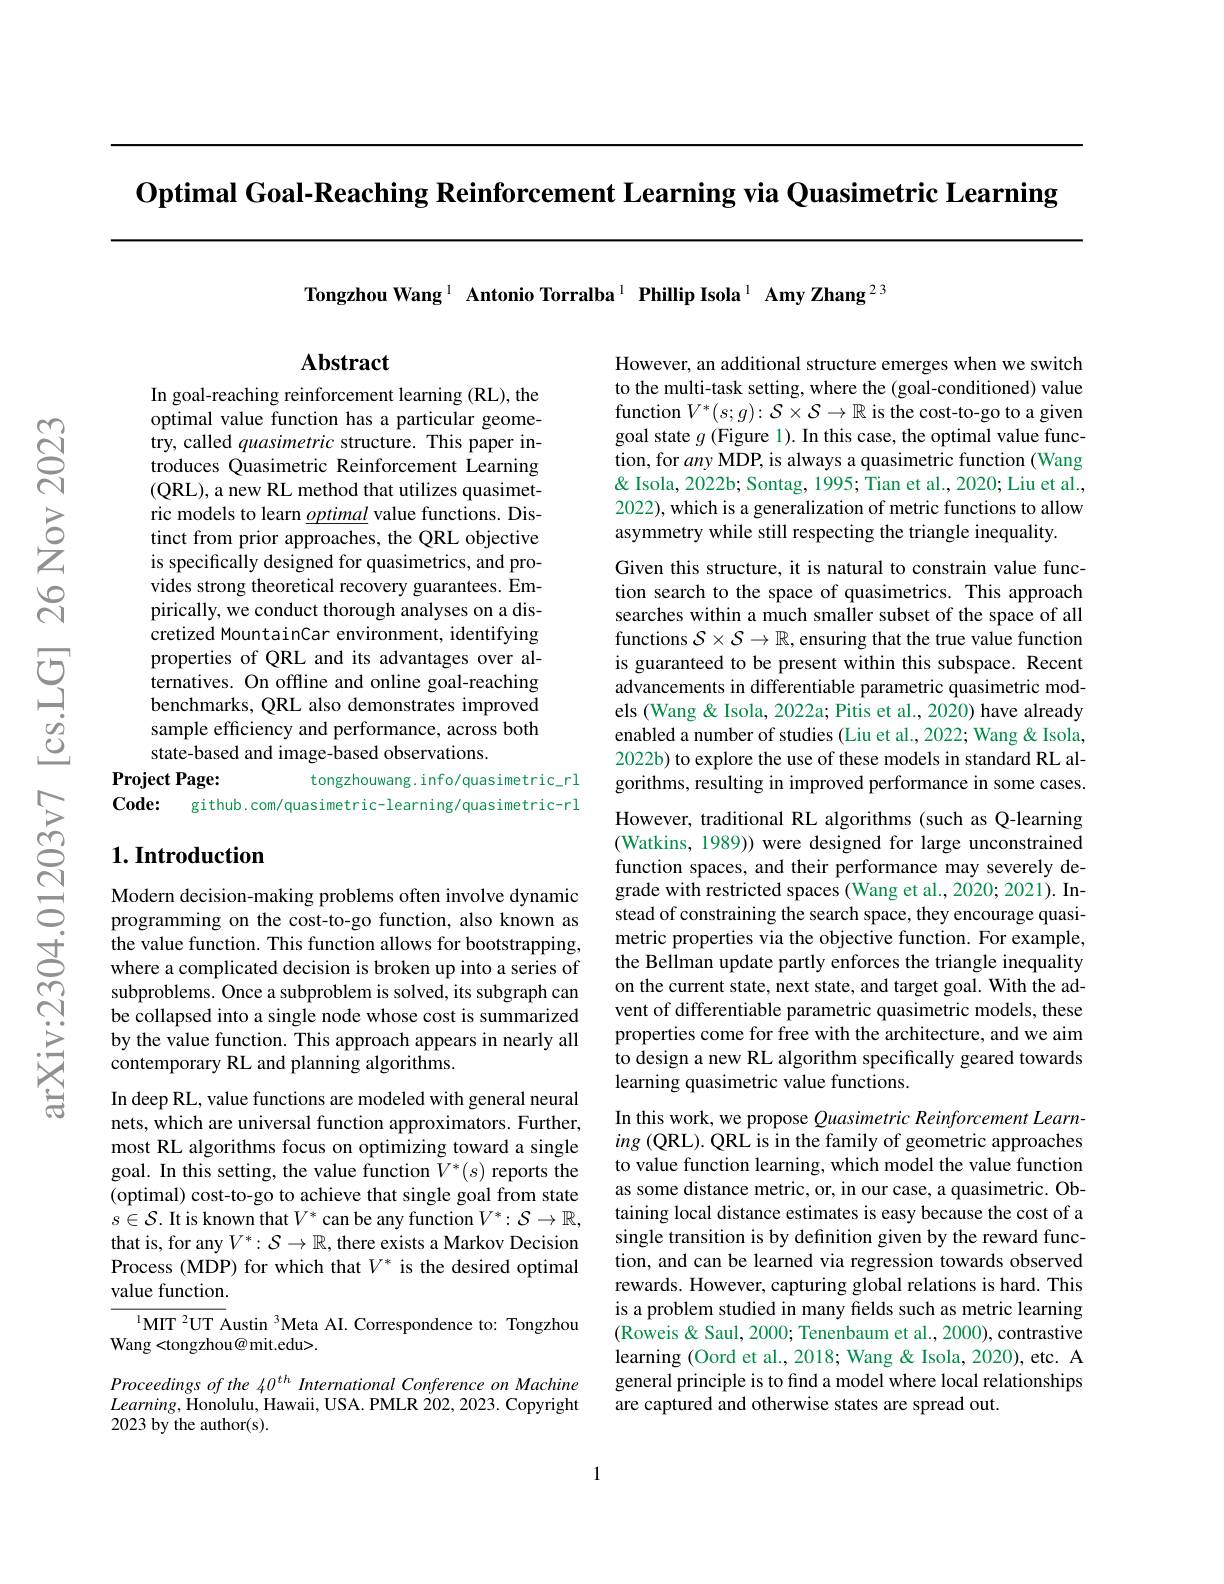
$\textbf{Optimal Goal- Reaching Reinforcement Learning via Quasimetric Learning}$

Tongzhou Wang $^{1}$ Antonio Torralba$^{1}$ Phillip Isola$^{1}$ Amy Zhang$^{23}$

$\mathbf{Abstract}$

In goal-reaching reinforcement learning (RL), the optimal value function has a particular geometry, called quasimetric structure. This paper introduces Quasimetric Reinforcement Learning (QRL),a new RL method that utilizes quasimetric models to learn $\underline optimal$ value functions. Distinct from prior approaches, the QRL objective is specifically designed for quasimetrics, and provides strong theoretical recovery guarantees. Empirically, we conduct thorough analyses on a discretized MountainCar environment, identifying properties of QRL and its advantages over alternatives. On offline and online goal-reaching benchmarks, QRL also demonstrates improved sample efficiency and performance, across both state-based and image-based observations.
Project Page:
tongzhouwang. info/quasimetric\_rl
$Code:$
github.com/quasimetric-learning/quasimetric-rl

## $1. \textbf{Introduction}$

However, an additional structure emerges when we switch to the multi-task setting, where the (goal-conditioned) value function $V^*(s;g):\mathcal{S}\times\mathcal{S}\to\mathbb{R}$ is the cost-to-go to a given goal state $g$ (Figure 1). In this case, the optimal value function, for any MDP, is always a quasimetric function (Wang & Isola, 2022b; Sontag, 1995; Tian et al., 2020; Liu et al., 2022), which is a generalization of metric functions to allow asymmetry while still respecting the triangle inequality.
Given this structure, it is natural to constrain value function search to the space of quasimetrics. This approach searches within a much smaller subset of the space of all functions $S\times\mathcal{S}\to\mathbb{R}$, ensuring that the true value function is guaranteed to be present within this subspace. Recent advancements in differentiable parametric quasimetric models (Wang & Isola, 2022a; Pitis et al., 2020) have already enabled a number of studies (Liu et al., 2022; Wang & Isola, 2022b) to explore the use of these models in standard RL algorithms, resulting in improved performance in some cases. However, traditional RL algorithms (such as Q-learning (Watkins, 1989)) were designed for large unconstrained function spaces, and their performance may severely degrade with restricted spaces (Wang et al., 2020; 2021). Instead of constraining the search space, they encourage quasimetric properties via the objective function. For example the Bellman update partly enforces the triangle inequality on the current state, next state, and target goal. With the advent of differentiable parametric quasimetric models, these properties come for free with the architecture, and we aim to design a new RL algorithm specifically geared towards learning quasimetric value functions.
In this work, we propose Quasimetric Reinforcement Learn- $ing\left(\mathrm{QRL}\right).$ QRL is in the family of geometric approaches to value function learning, which model the value function as some distance metric, or, in our case, a quasimetric. Obtaining local distance estimates is easy because the cost of a single transition is by definition given by the reward function, and can be learned via regression towards observed rewards. However, capturing global relations is hard. This is a problem studied in many fields such as metric learning (Roweis & Saul, 2000; Tenenbaum et al., 2000), contrastive learning (Oord et al., 2018; Wang & Isola, 2020), etc. A general principle is to find a model where local relationships are captured and otherwise states are spread out.

Modern decision-making problems often involve dynamic programming on the cost-to-go function, also known as the value function. This function allows for bootstrapping, where a complicated decision is broken up into a series of subproblems. Once a subproblem is solved, its subgraph can be collapsed into a single node whose cost is summarized by the value function. This approach appears in nearly all contemporary RL and planning algorithms.

In deep RL, value functions are modeled with general neural nets, which are universal function approximators. Further, most RL algorithms focus on optimizing toward a single goal. In this setting, the value function $V^*(s)$ reports the (optimal) cost-to-go to achieve that single goal from state $s\in\mathcal{S}.$ It is known that $V^*$ can be any function $V^*:\mathcal{S}\to\mathbb{R}$, that is, for any $V^*:\mathcal{S}\to\mathbb{R}$, there exists a Markov Decision Process (MDP) for which that $V^*$ is the desired optimal value function.

${^{1}\mathrm{MIT~}^{2}\mathrm{UT~}}^{3}$Austin $^{3}$Meta AI. Correspondence to: Tongzhou
Wang <tongzhou@ mit.edu>.

Proceedings of the 40$^{th}$ International Conference on Machine $Learning$,Honolulu,$^\prime$Hawaii, USA. PMLR 202, 2023. Copyright 2023 by the author(s).

1